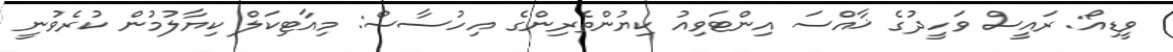
ވީޑިއޯ: ރައީސް ވަހީދުގެ ޚާއްސަ އިންޓަވިއު ކިޔުންތެރިންގެ އިހުސާސް: މިއާޓިކަލް ކިޔާލުމުން ކުރެވުނީ